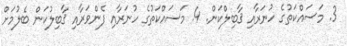
3. މަސައްކަތުގެ ހުނަރާއި ޤާބިލްކަން. 4. މަސައްކަތުގެ ހުނަރާއި ފެންވަރާއި ޤާބިލުކަން ބެލުމަށް